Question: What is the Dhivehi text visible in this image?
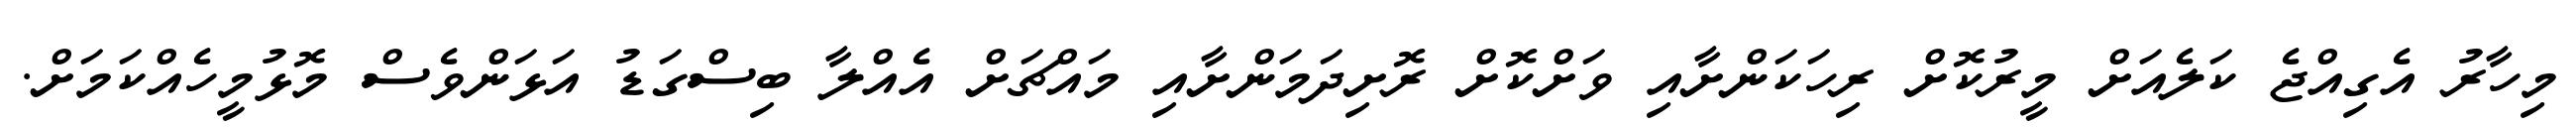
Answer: މިހާރު އެގިއްޖެ ކަލެއަށް މީރުކޮށް ރިހަކަންށާއި ވަށްކޮށް ރޮށިދަމަންށާއި މައްޗަށް އެއްލާ ބިސްގަޑު އަޅަންވެސް މޮޅުމީހެއްކަމަށް.